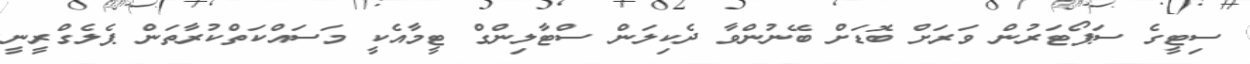
ސިޓީގެ ސަޕޯޓަރުން ވަރަށް ބޮޑަށް ބޭނުންވާ ދެކިލަން ސްޓާލިންގް ޓީމާއެކީ މަސައްކަތްކުރާތަން ޕެލެގްރީނީ